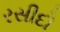
રસીદો